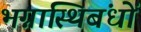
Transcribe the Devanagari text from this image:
भग्नास्थिबंधों